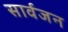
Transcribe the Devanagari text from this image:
सार्वजन